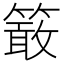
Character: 𥴊